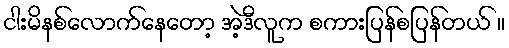
ငါးမိနစ်လောက်နေတော့ အဲ့ဒီလူက စကားပြန်စပြန်တယ် ။